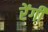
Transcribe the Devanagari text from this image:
रेंगी